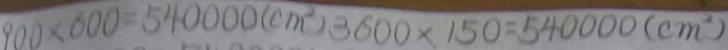
9 0 0 \times 6 0 0 = 5 4 0 0 0 0 ( c m ^ { 2 } ) 3 6 0 0 \times 1 5 0 = 5 4 0 0 0 0 ( c m ^ { 2 } )